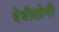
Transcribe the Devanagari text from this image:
बेबीलोनी